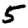
Digit: 5